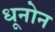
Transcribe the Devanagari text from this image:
धूनोन